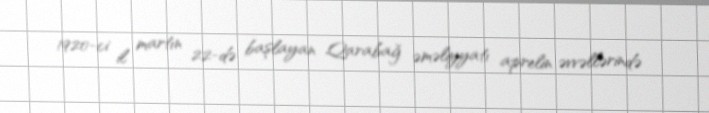
1920-ci il martın 22-də başlayan Qarabağ əməliyyatı aprelin əvvəllərində